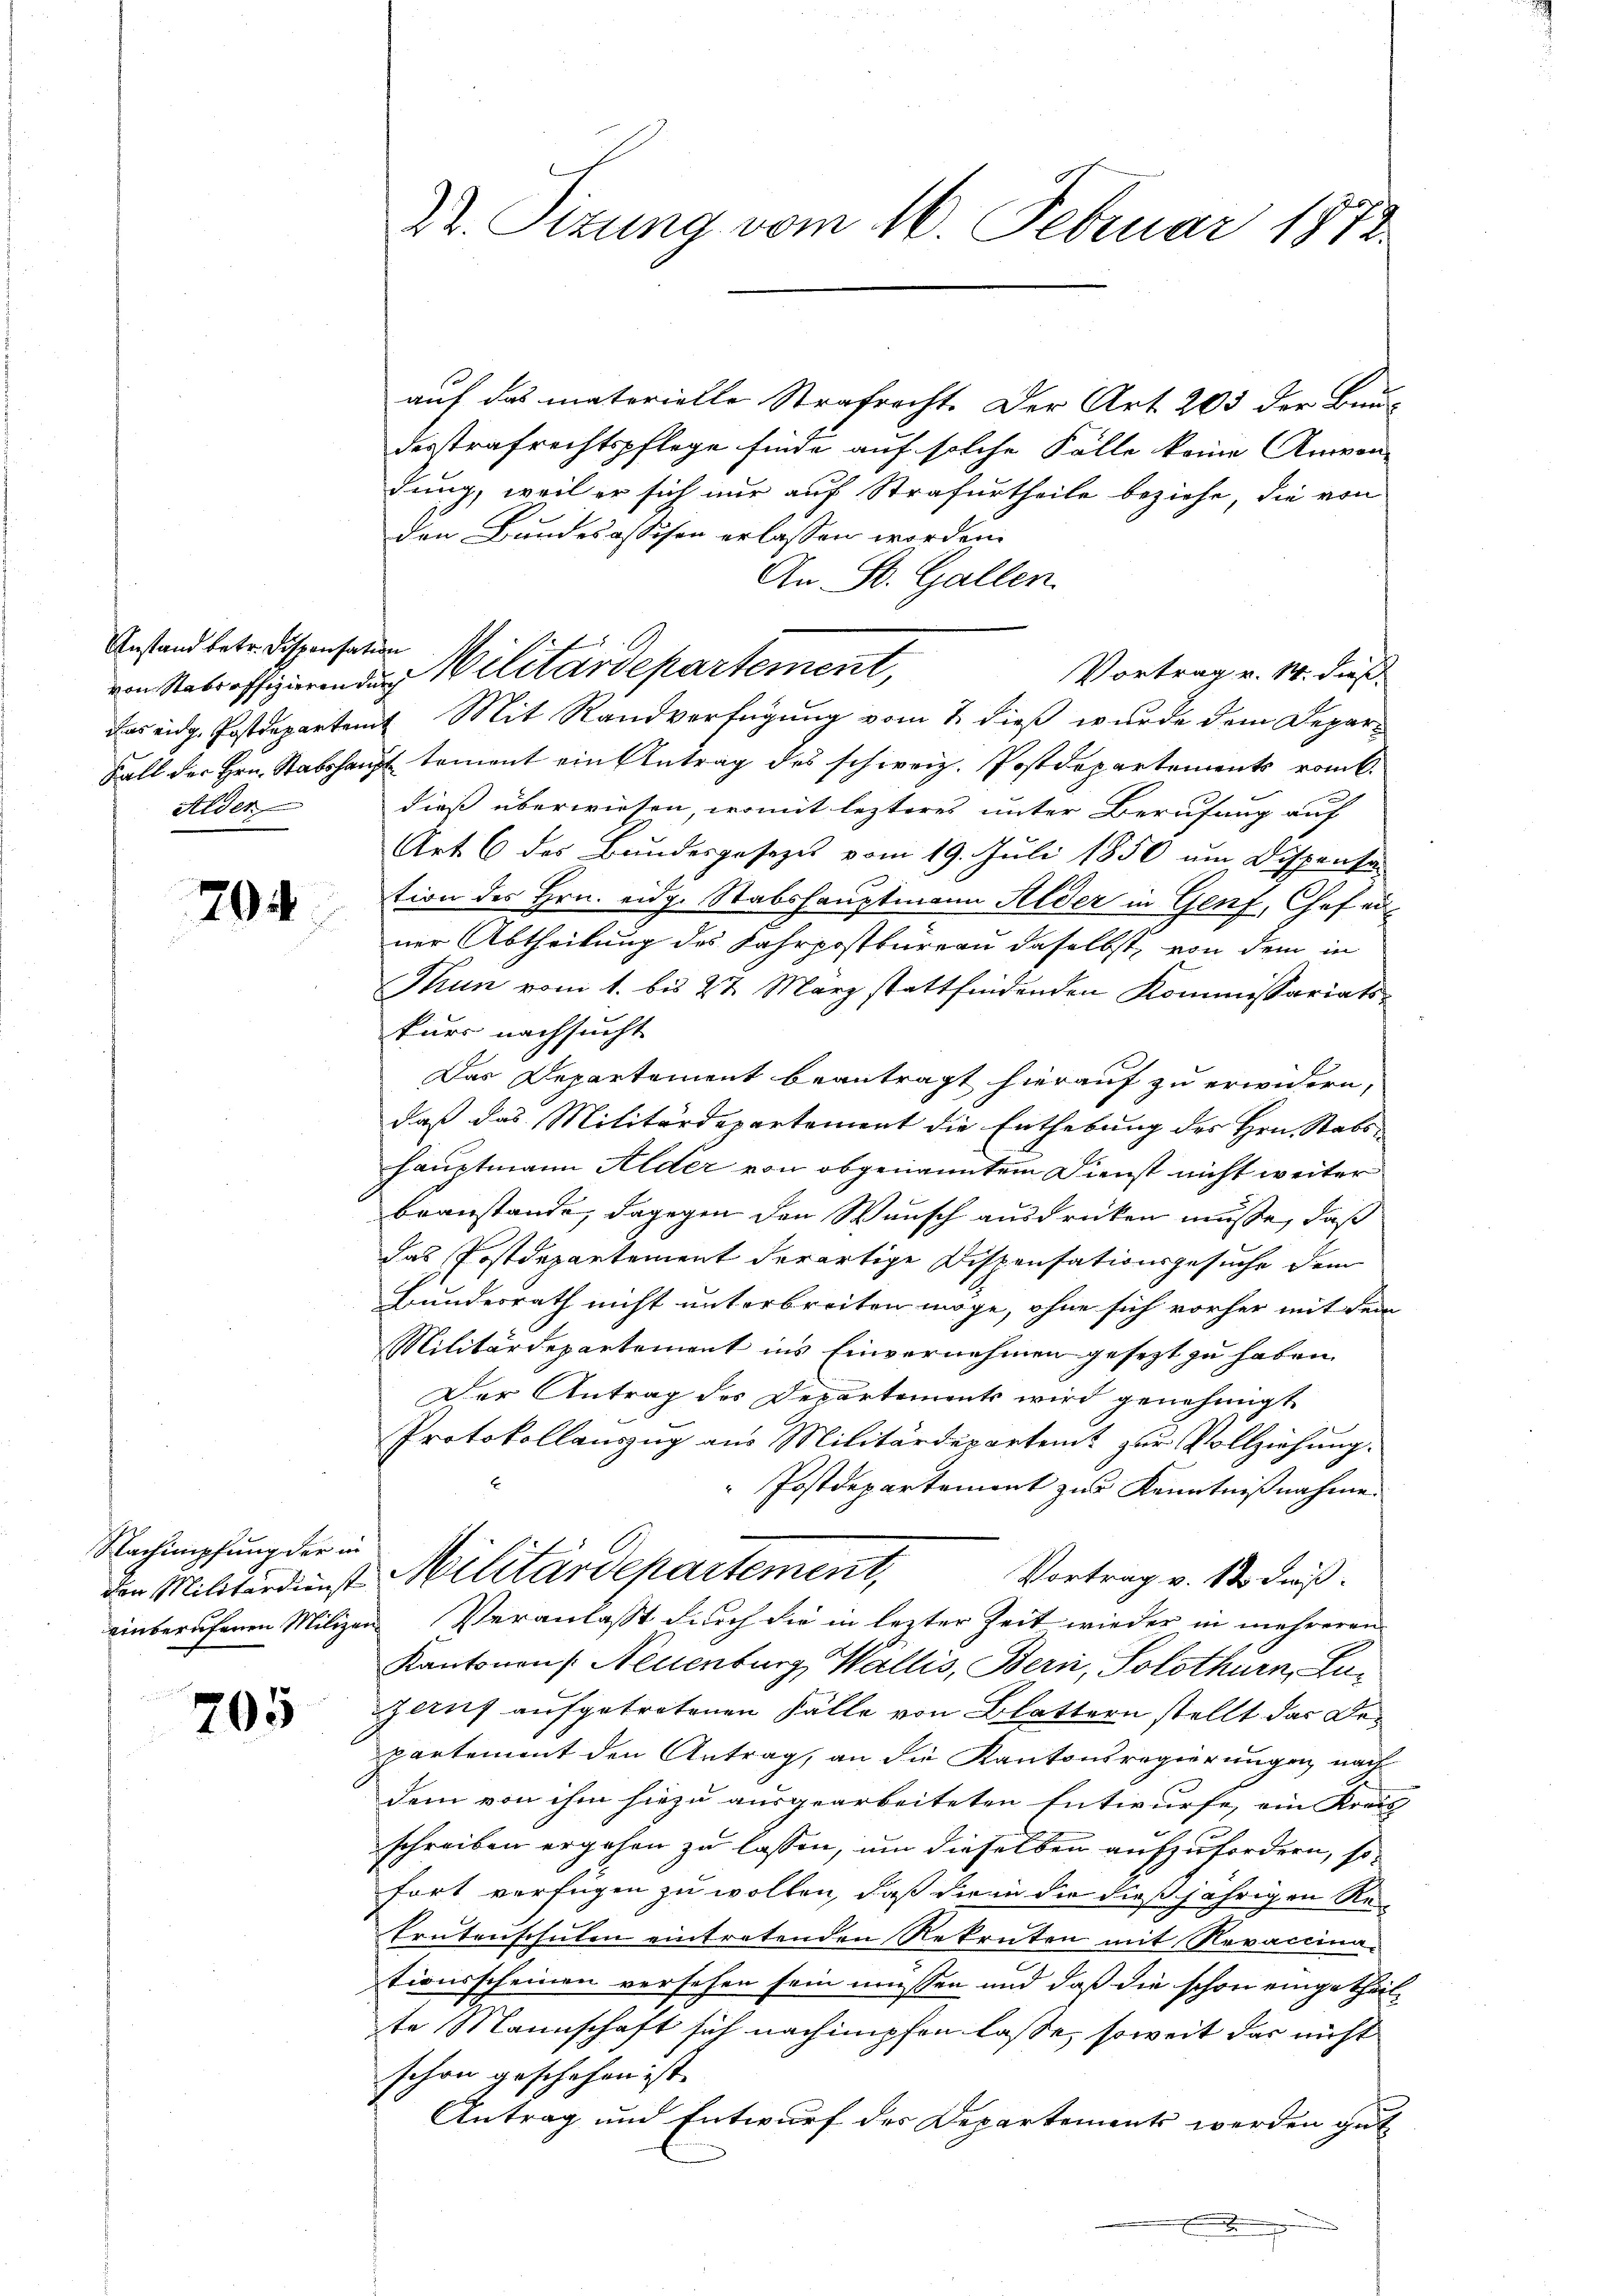
Anstand betr. Dispensation
Alder

704

Nachmipfung der in

705

auf das materielle Strafrecht. Der Art. 203 der Bau-
desstrafrechtspflege finde auf solche Fälle keine Anvon-
dung, weil er sich nur auf Strafurtheile beziehe, die von
den Bundesassisen erlassen worden.
An St. Gallen.
Vortrag v. 14. dieß.
Das eidg. Postdepartamt Mit Randverfügung vom 2. dieß wurde dem Depar¬
Fall der Hrn. Stabshaupt koment ein Antrag des schweiz. Postdepartements rom.
dieß überwiesen, womit lezteres unter Berufung auf
Art. 6 des Bundesgesezes vom 19. Juli 1850 am Dispenta
tion des Hrn. eidg. Stabshauptmann Alder in Genf, Chef ei
ner Abtheilung des Fahrpostbüreau daselbst, von dem in
Thun vom 1. bis 27 März stattfindenden Kommissariats-
kurs nachsucht
Das Departement beantragt hierauf zu erwidern,
daß das Militärdepartement die Enthebung des Hrn. Stabs-
hauptmann Alder von obgenanntem Dienst nicht weiter
branstande, dagegen den Wunsch ausdrücken müsse, daß
das Postdepartement derartige Dispensationsgesuche dem
Bundesrath nicht unterbreiten möge, ohne sich vorher mit dem
Militärdepartement ins Einvernehmen gesezt zu haben.
Der Antrag des Departement wird genehmigt
Protokollauszug aus Militärdepartent zur Vollziehung.
Postdepartement zur Kenntnißnahme
Vortrag v. St. dießden Militärdinst Militärdepartement,
einberufenen Milizen Veranlasst durch die in lezter Zeit wieder in mehreren
Kantonen (: Neuenburg, Wallis, Bern, Solothurn, La¬
Zeruf aufgetretenen Fälle von Blattern stellt das Bepartement den Antrag, an die Kantonsregierungen nach
dem von ihm hiezu ausgearbeiteten Entwurfe, ein Kreis
schreiben ergehen zu lassen, um dieselben aufzufordern, sofort verfügen zu wollen, daß denn die dießjährigen Re¬
Erntenschulen eintretenden Rekruten mit Revaccinationsscheinen versehen sein müssen und daß die schon eingetheilte Mannschaft sich nachimpfen lasse, soweit das nicht
schon geschehen ist. |
Antrag und Entwurf des Departement werden gut
.

22. Sizung vom 16. Februar 1872

von Stabsoffizierenden Militärdepartement,